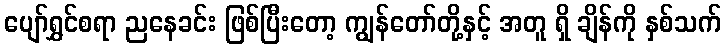
ပျော်ရွှင်စရာ ညနေခင်း ဖြစ်ပြီးတော့ ကျွန်တော်တို့နှင့် အတူ ရှိ ချိန်ကို နှစ်သက်